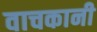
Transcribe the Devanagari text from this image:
वाचकानी